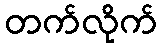
တက်လိုက်